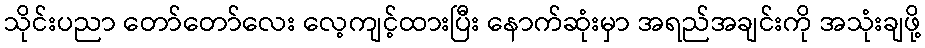
သိုင်းပညာ တော်တော်လေး လေ့ကျင့်ထားပြီး နောက်ဆုံးမှာ အရည်အချင်းကို အသုံးချဖို့